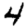
Digit: 4